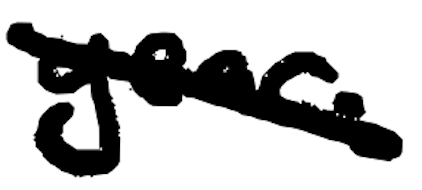
Text: year.
Cross-out: diagonal
Writing tool: digital_black